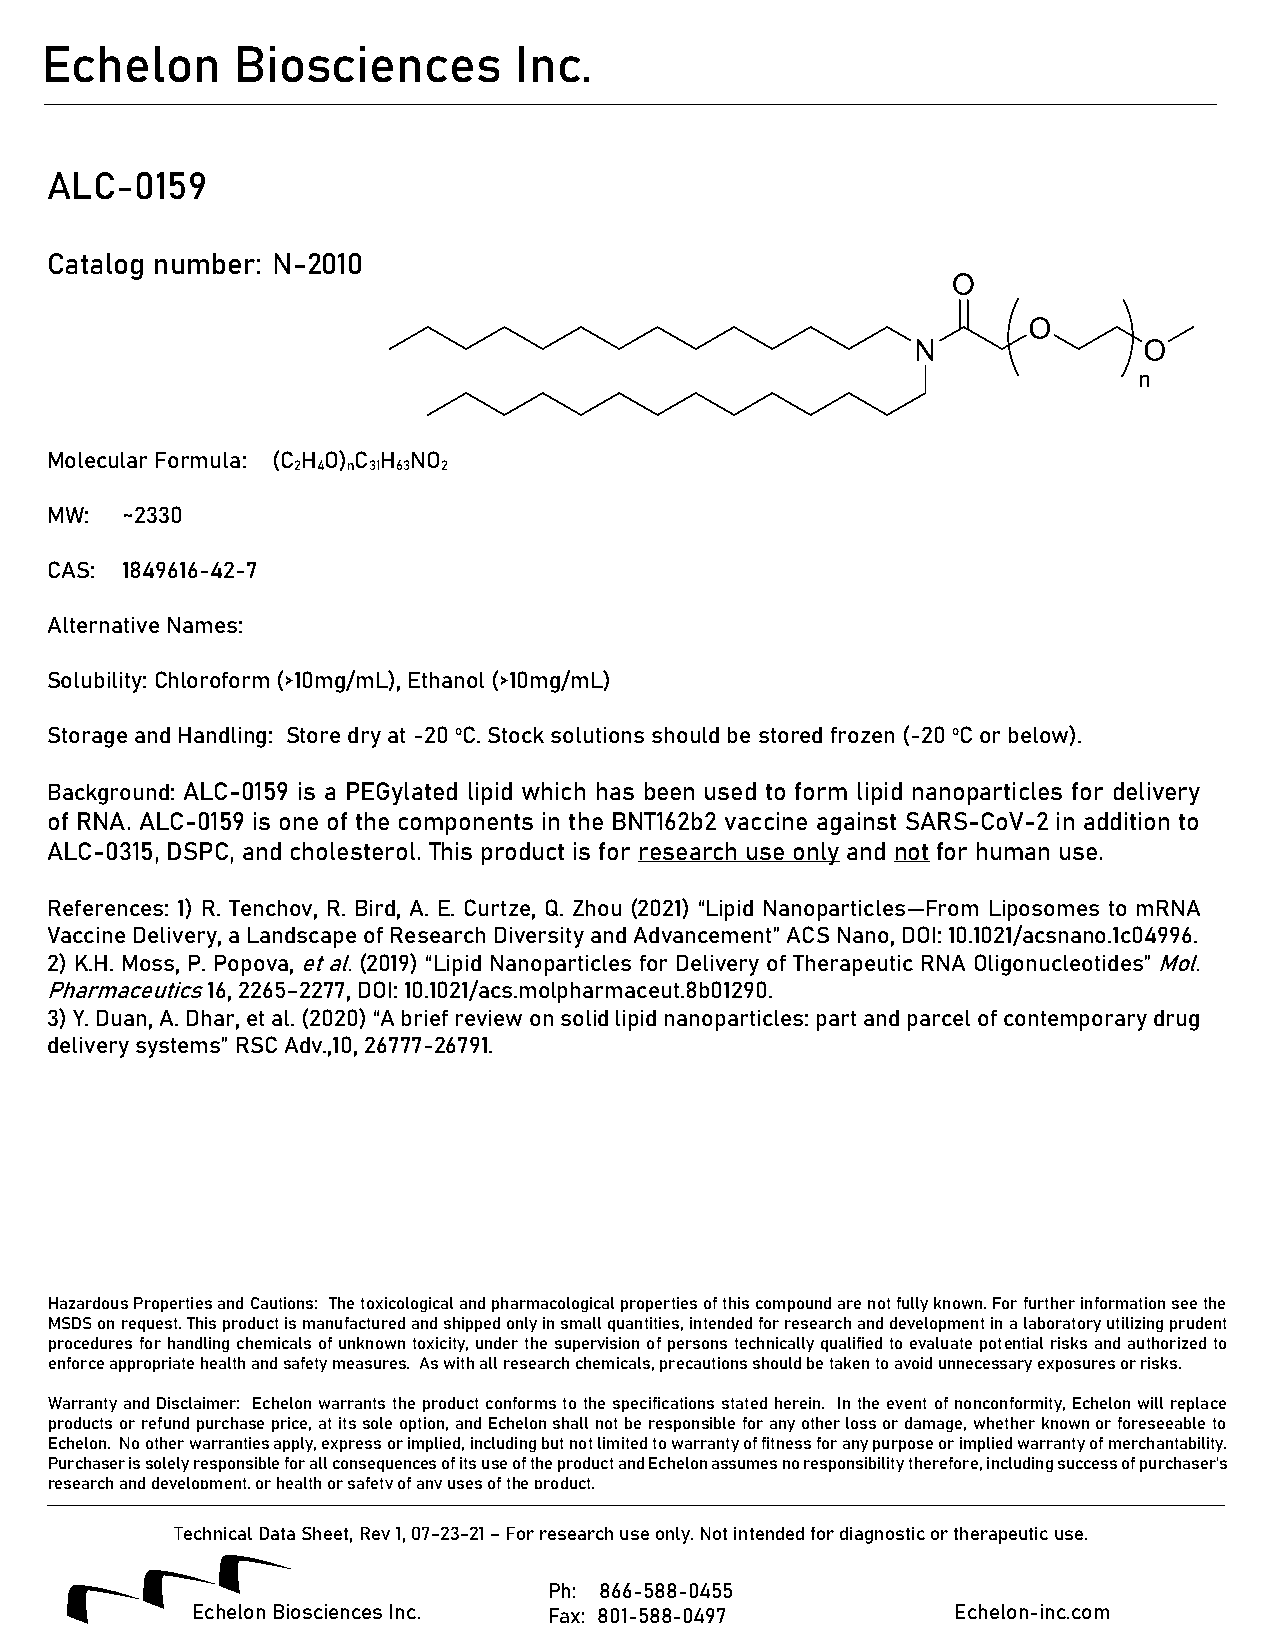
Echelon      Biosciences       Inc.
 ALC-0159
 Catalog number: N-2010
 Molecular Formula: (C H O) C H NO
 2 4 n 31 63 2
 MW:  ~2330
 CAS: 1849616-42-7
 Alternative Names:
 Solubility: Chloroform (>10mg/mL), Ethanol (>10mg/mL)
 Storage and Handling: Store dry at -20 oC. Stock solutions should be stored frozen (-20 oC or below).
 Background: ALC-0159 is a PEGylated lipid which has been used to form lipid nanoparticles for delivery
 of RNA. ALC-0159 is one of the components in the BNT162b2 vaccine against SARS-CoV-2 in addition to
 ALC-0315, DSPC, and cholesterol. This product is for research use only and not for human use.
 References: 1) R. Tenchov, R. Bird, A. E. Curtze, Q. Zhou (2021) “Lipid Nanoparticles—From Liposomes to mRNA
 Vaccine Delivery, a Landscape of Research Diversity and Advancement” ACS Nano, DOI: 10.1021/acsnano.1c04996.
 2) K.H. Moss, P. Popova, et al. (2019) “Lipid Nanoparticles for Delivery of Therapeutic RNA Oligonucleotides” Mol.
 Pharmaceutics 16, 2265–2277, DOI: 10.1021/acs.molpharmaceut.8b01290.
 3) Y. Duan, A. Dhar, et al. (2020) “A brief review on solid lipid nanoparticles: part and parcel of contemporary drug
 delivery systems” RSC Adv.,10, 26777-26791.
 Hazardous Properties and Cautions: The toxicological and pharmacological properties of this compound are not fully known. For further information see the
 MSDS on request. This product is manufactured and shipped only in small quantities, intended for research and development in a laboratory utilizing prudent
 procedures for handling chemicals of unknown toxicity, under the supervision of persons technically qualified to evaluate potential risks and authorized to
 enforce appropriate health and safety measures. As with all research chemicals, precautions should be taken to avoid unnecessary exposures or risks.
 Warranty and Disclaimer: Echelon warrants the product conforms to the specifications stated herein. In the event of nonconformity, Echelon will replace
 products or refund purchase price, at its sole option, and Echelon shall not be responsible for any other loss or damage, whether known or foreseeable to
 Echelon. No other warranties apply, express or implied, including but not limited to warranty of fitness for any purpose or implied warranty of merchantability.
 Purchaser is solely responsible for all consequences of its use of the product and Echelon assumes no responsibility therefore, including success of purchaser's
 research and development, or health or safety of any uses of the product.
 Technical Data Sheet, Rev 1, 07-23-21 – For research use only. Not intended for diagnostic or therapeutic use.
 Ph: 866-588-0455
 Echelon Biosciences Inc. Fax: 801-588-0497        Echelon-inc.com